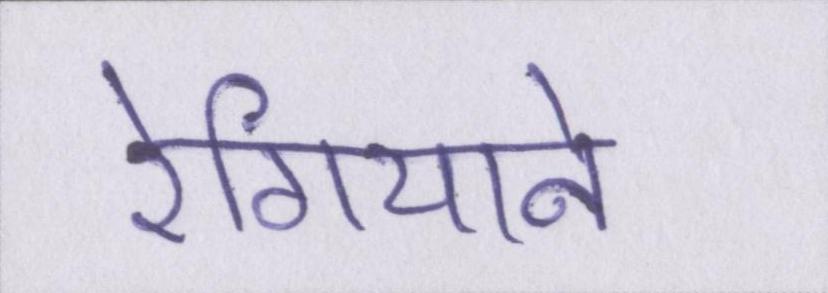
रेगियाने